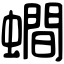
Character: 𧒄